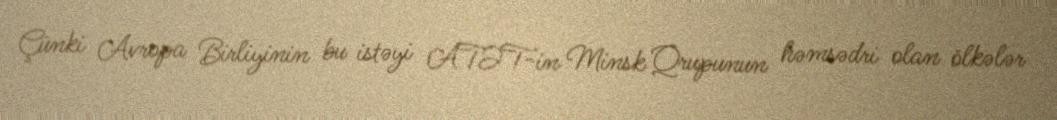
Çünki Avropa Birliyinin bu istəyi ATƏT-in Minsk Qrupunun həmsədri olan ölkələr